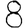
Digit: 8